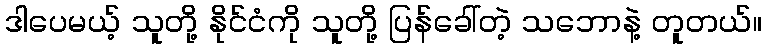
ဒါပေမယ့် သူတို့ နိုင်ငံကို သူတို့ ပြန်ခေါ်တဲ့ သဘောနဲ့ တူတယ်။